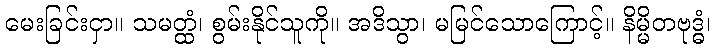
မေးခြင်းငှာ။ သမတ္ထံ၊ စွမ်းနိုင်သူကို။ အဒိသွာ၊ မမြင်သောကြောင့်။ နိမ္မိတဗုဒ္ဓံ၊